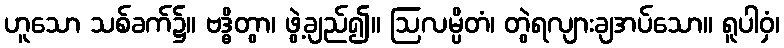
ဟူသော သစ်ခက်၌။ ဗဒ္ဓိတွာ၊ ဖွဲ့ချည်၍။ ဩလမ္ပိတံ၊ တွဲရလျားချအပ်သော။ ရူပါဝှံ၊